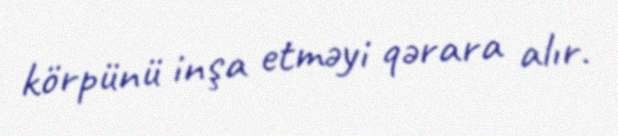
körpünü inşa etməyi qərara alır.